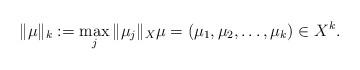
LaTeX: \begin{align*} \| \mu\|_k := \max_j \|\mu_j\|_X \mu=(\mu_1, \mu_2,\dots, \mu_k) \in X^k.\end{align*}